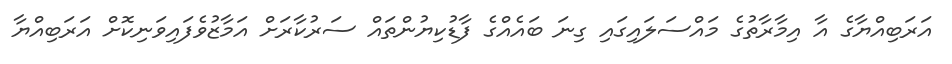
އަރަބިއްޔާގެ އާ އިމާރާތުގެ މައްސަލައިގައި ގިނަ ބައެއްގެ ފާޑުކިޔުންތައް ސަރުކާރަށް އަމާޒުވެފައިވަނިކޮށް އަރަބިއްޔާ